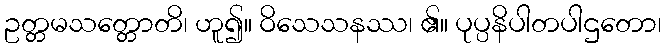
ဥတ္တမသတ္တောတိ၊ ဟူ၍။ ဝိသေသနဿ၊ ၏။ ပုပ္ပနိပါတပါဌတော၊